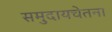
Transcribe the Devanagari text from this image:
समुदायचेतना